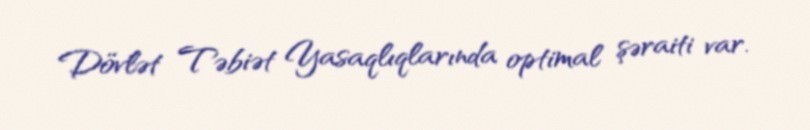
Dövlət Təbiət Yasaqlıqlarında optimal şəraiti var.